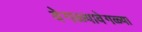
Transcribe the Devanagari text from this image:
वेगळ्यावेगळ्या